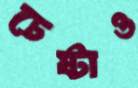
চেষ্টাও